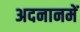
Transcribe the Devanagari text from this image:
अदनानमें